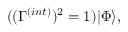
( ( \Gamma ^ { ( i n t ) } ) ^ { 2 } = 1 ) | \Phi \rangle ,